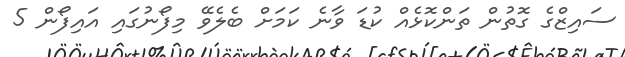
ސައިޒްގެ ގޮތުން ތަންކޮޅެއް ކުޑަ ވާނެ ކަމަށް ބެލެވޭ މިފޯނުގައި އައިފޯން 5